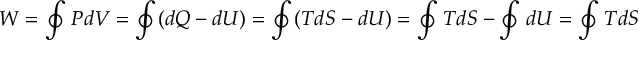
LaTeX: W = \oint P d V = \oint ( d Q - d U ) = \oint ( T d S - d U ) = \oint T d S - \oint d U = \oint T d S